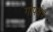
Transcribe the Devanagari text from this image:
गोपक्षेत्र